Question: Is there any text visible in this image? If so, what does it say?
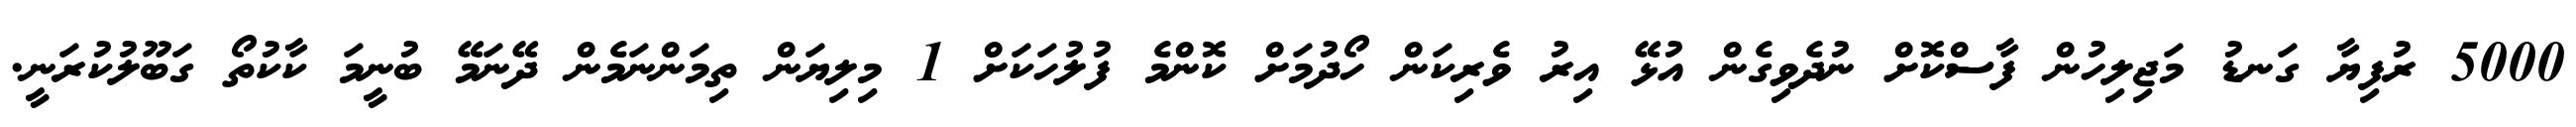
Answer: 5000 ރުފިޔާ ގަނޑު މަޖިލިހުން ފާސްކޮށް ނުދެވިގެން އުޅޭ އިރު ވެރިކަން ހޯދުމަށް ކޮންމެ ފުލުހަކަށް 1 މިލިޔަން ތިމަންނަމެން ދޭނަމޭ ބުނީމަ ކާކުތޯ ގަބޫލުކުރަނީ.